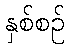
နှစ်စဉ်